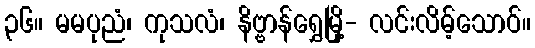
၃၆။ မမပုညံ၊ ကုသလံ၊ နိဗ္ဗာန်ရွှေမြို့- လင်းလိမ့်သောဝ်။